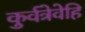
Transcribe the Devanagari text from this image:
कुर्वत्रेवेहि